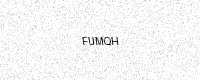
Text: FUMQH